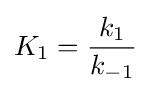
K_{1}={\frac {k_{1}}{k_{-1}}}